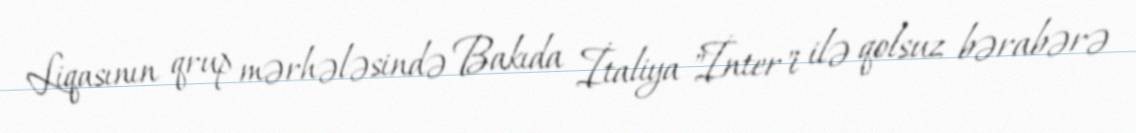
Liqasının qrup mərhələsində Bakıda İtaliya "İnter"i ilə qolsuz bərabərə